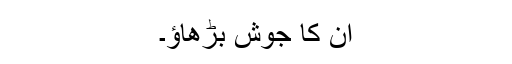
ان کا جوش بڑھاؤ۔